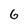
Character: 6